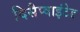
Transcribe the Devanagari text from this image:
दिसैप्वाइंटेड